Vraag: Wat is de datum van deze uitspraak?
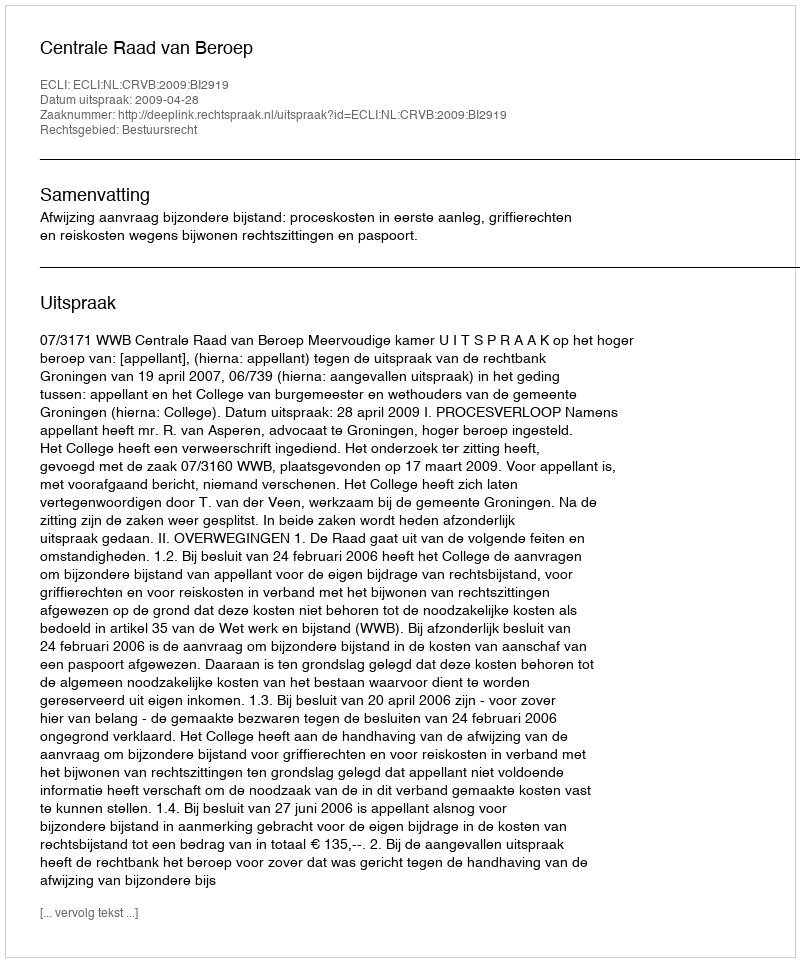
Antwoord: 2009-04-28